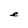
Character: e